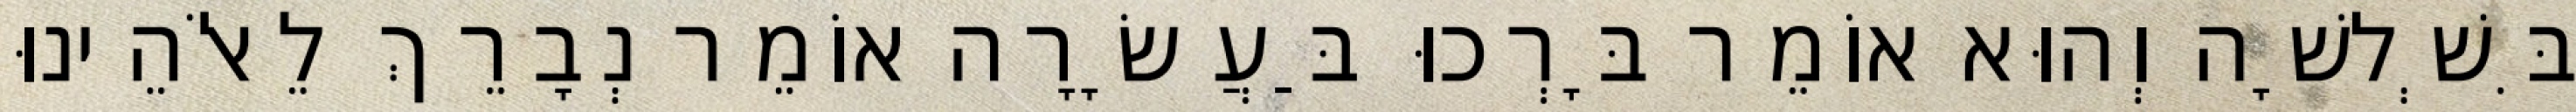
בִּשְׁלשָׁה וְהוּא אוֹמֵר בָּרְכוּ בַּעֲשָׂרָה אוֹמֵר נְבָרֵךְ לֵאלֹהֵינוּ